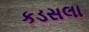
કડસલા